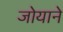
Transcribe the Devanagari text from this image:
जोयाने